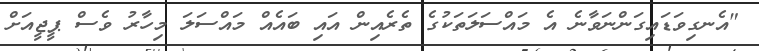
"އެނގިވަޑައިގަންނަވާނެ އެ މައްސަލަތަކުގެ ތެރެއިން އައި ބައެއް މައްސަލަ މިހާރު ވެސް ޕީޖީއަށް